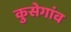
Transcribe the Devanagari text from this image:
कुसेगांव